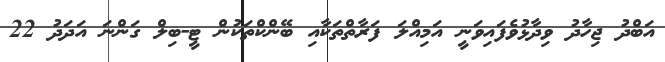
އަބްދު ޖިހާދު ވިދާޅުވެފައިވަނީ އަމިއްލަ ފަރާތްތަކާއި ބޭންކްތަކުން ޓީ-ބިލް ގަންނަ އަދަދު 22